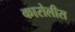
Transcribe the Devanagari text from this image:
कारोलीस